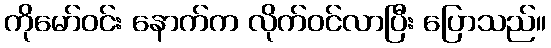
ကိုမော်ဝင်း နောက်က လိုက်ဝင်လာပြီး ပြောသည်။